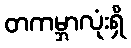
တကမ္ဘာလုံးရှိ